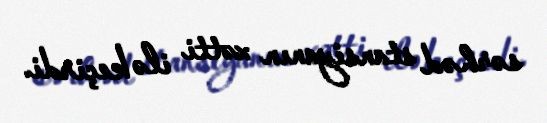
sərhəd stansiyanın xətti ilə keçirdi.